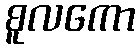
စူလကော